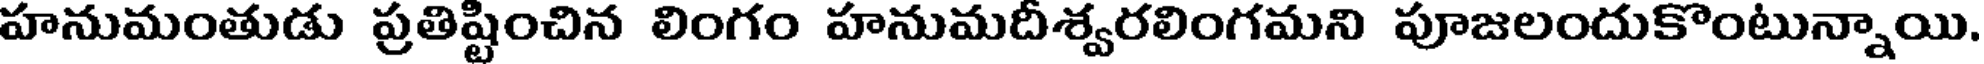
హనుమంతుడు ప్రతిష్టించిన లింగం హనుమదీశ్వరలింగమని పూజలందుకొంటున్నాయి